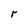
Character: r